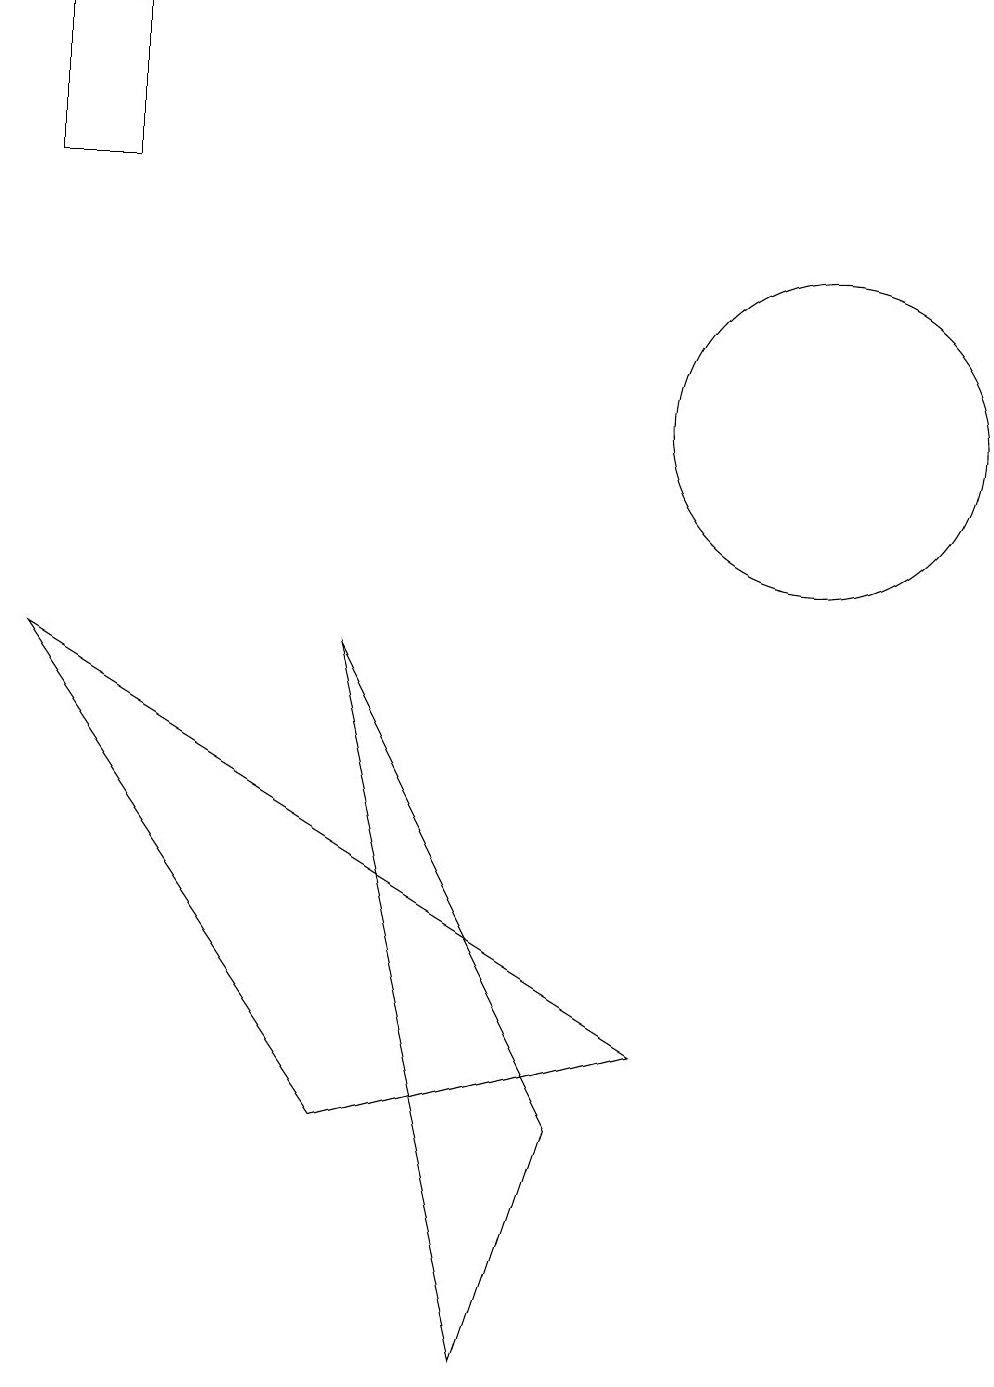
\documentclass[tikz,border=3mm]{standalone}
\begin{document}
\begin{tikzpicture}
\draw (10,12) circle (2);
\draw (0,15) rectangle (1,17);
\draw (0,9) -- (4,3) -- (8,4) -- cycle;
\draw (6,0) -- (7,3) -- (4,9) -- cycle;
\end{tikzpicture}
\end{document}